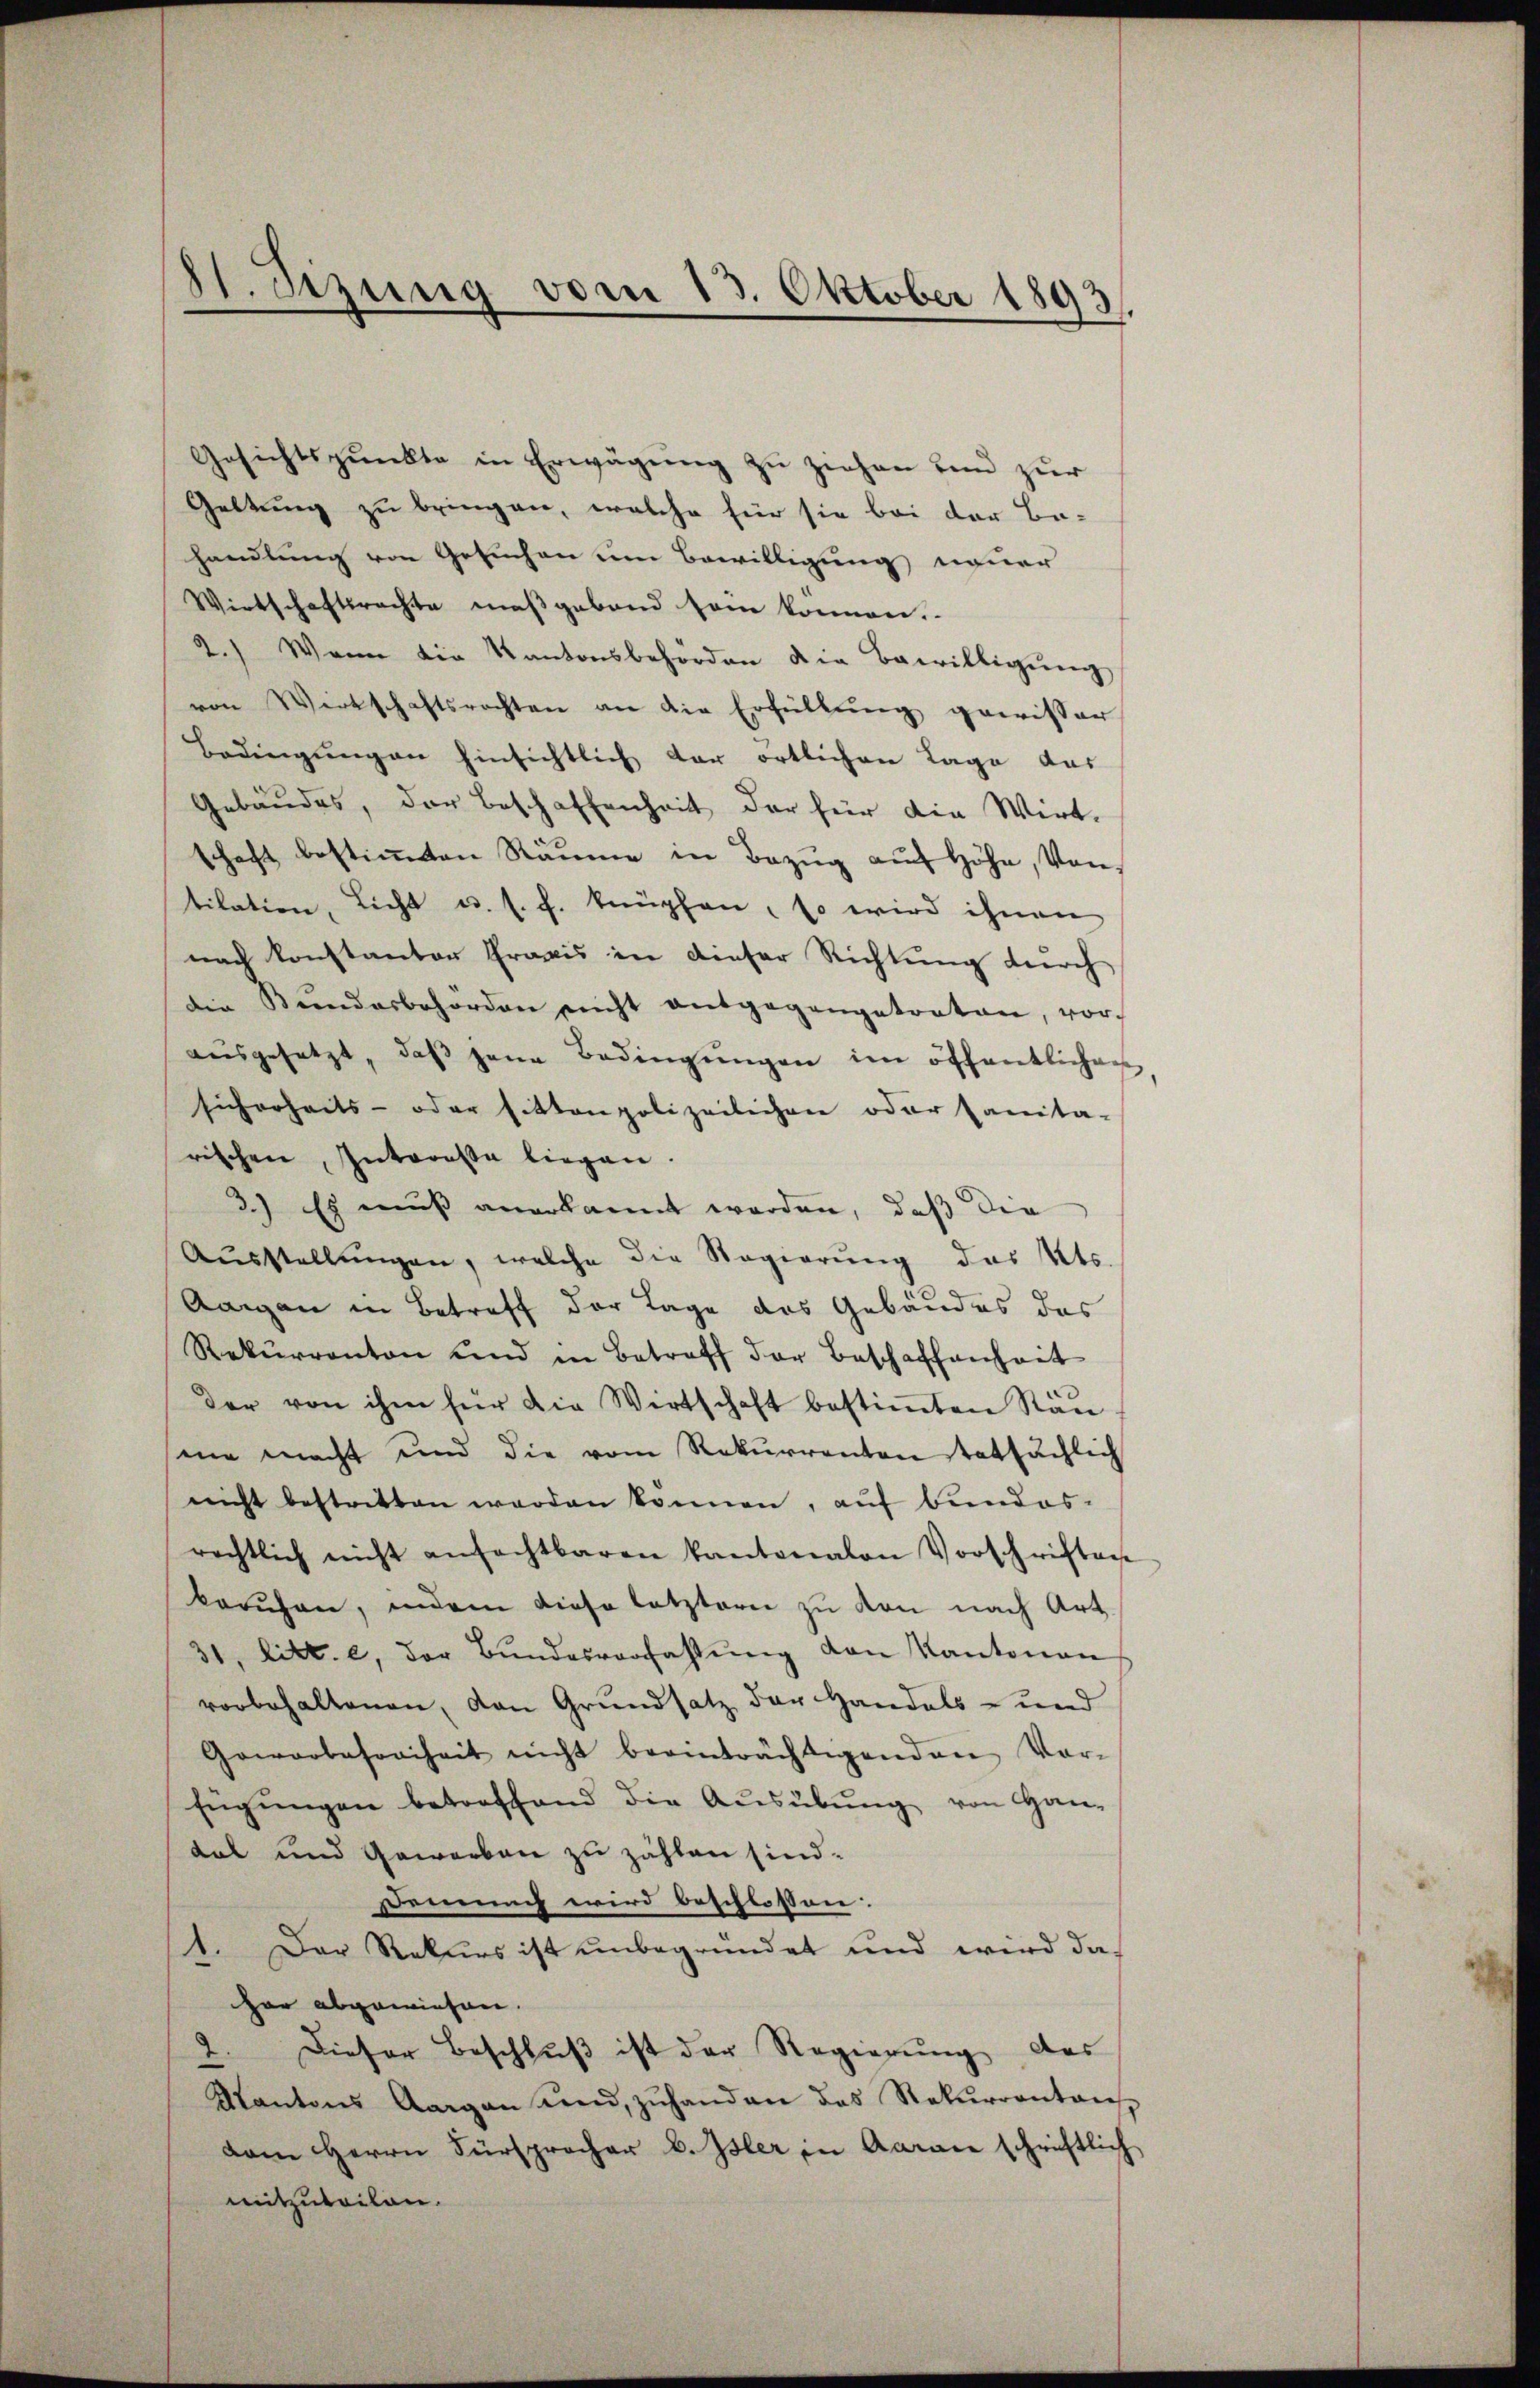
dt. Sizung vom 13. Oktober 1893.

Gesichtspunkte in Erwägŭng zu ziehen und zur
Geltung zu bringen, welche für sie bei der Be-
handlung von Gesuchen um Bewilligung neuer
Wirtschaftsrechte maßgeband so können.
2.) Wenn die Kantonsbehörden die Bewilligung
von Wirtschaftsrechten an die Erfüllung gewisser
Bedingungen hinsichtlich der örtlichen Lage das
Gebäudes, der Beschaffenheit der für die Wirt-
schaft bestimmten Räume in Bezug auf Höhe, Von
tilation, Licht u. s. f. knüpfen, so wird ihnen
nach konstantor Praxis in dieser Richtung durch
die Bundesbehörden nicht entgegangetreten, vor-
aŭsgesetzt, daβ jene Bedingŭngen im öffentlichen
sicherheits- oder sitten polizeilichen oder sanita-
rischen Interessa liegen.
3.) Es muss anerkannt worden, daß die
Aŭsstellŭngen, welche die Regierŭng des Kts.
Aargau in Betreff der Lage das Gebäudes des
Rekŭrranton und in Betreff der Beschaffenheit
der von ihm für die Wirtschaft bestiṁten Stan-
me macht und die vom Rekurrenten tatsächlich
nicht bestritten werden können, auf bundes-
rechtlich nicht ansachtbaren Kantonalen Vorschriften
berufen, indem diese letztern zu von nach Art
31, litt. e, der Bŭndesverfassŭng von Kantonen
vorbehaltenen, von Grundsatz der Handels- und
Geworbesoriheit nicht beeinträchtigenden Vor-
fügungen betreffend die Ausübung von Handal und Gewerben zu zählen sind.
Demnach wird beschlossen:
11. Der Rekurs ist unbegründet und wird da
har abgewiesen.
Dieser Beschlŭβ ist der Regierung des
2
Kantons Aargau und zŭhanden das Rekurrentans
dam Herrn Fürsprocher u. Isler in Aarau schriftlich
mitzuteilen.